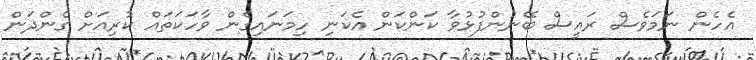
އެހެން ނަމަވެސް ރައީސް ބޭނުންފުޅުވާ ކަންކަން އެކަނި ހިމަނައިގެން ވާހަކަތައް ކުރިއަށް ގެންދަން